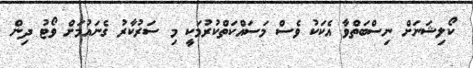
ކޯލިޝަނަށް ނިސްބަތްވާ އެކަކު ވެސް މަސައްކަތްކުރުމަކީ މި ސަރުކާރު ގެނައުމަށް ވޯޓު ދިން